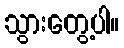
သွားတွေ့ပါ။